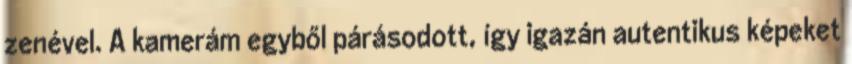
zenével. A kamerám egyből párásodott, így igazán autentikus képeket